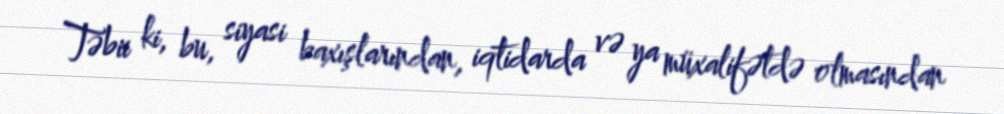
Təbii ki, bu, siyasi baxışlarından, iqtidarda və ya müxalifətdə olmasından